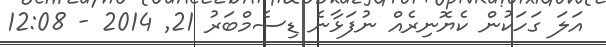
އަލަ ގަހަކުން ކެޔޮނިރެއް ނުފަޅާނެ ޑިސެމްބަރު 21